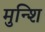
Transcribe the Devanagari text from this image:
मुन्शि